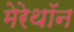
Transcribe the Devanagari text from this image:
मेरेथॉन